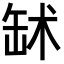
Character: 𦈭